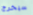
سيخرج